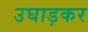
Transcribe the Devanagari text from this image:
उघाड़कर